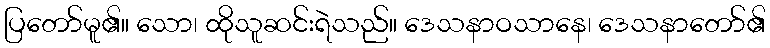
ပြတော်မူ၏။ သော၊ ထိုသူဆင်းရဲသည်။ ဒေသနာဝသာနေ၊ ဒေသနာတော်၏